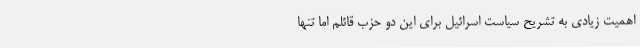
اهمیت زیادی به تشریح سیاست اسرائیل برای این دو حزب قائلم اما تنها